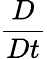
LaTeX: \frac{D}{Dt}